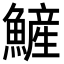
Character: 𩻏